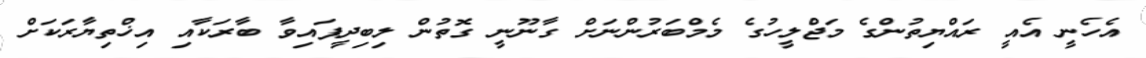
އެހެނީ އެއީ ރައްޔިތުންގެ މަޖްލީހުގެ މެމްބަރުންނަށް ގާނޫނީ ގޮތުން ލިބިދީފައިވާ ބާރަކާއި އިޚްތިޔާރަކަށް